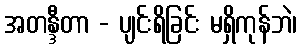
အတန္ဒီတာ - ပျင်းရိခြင်း မရှိကုန်ဘဲ၊